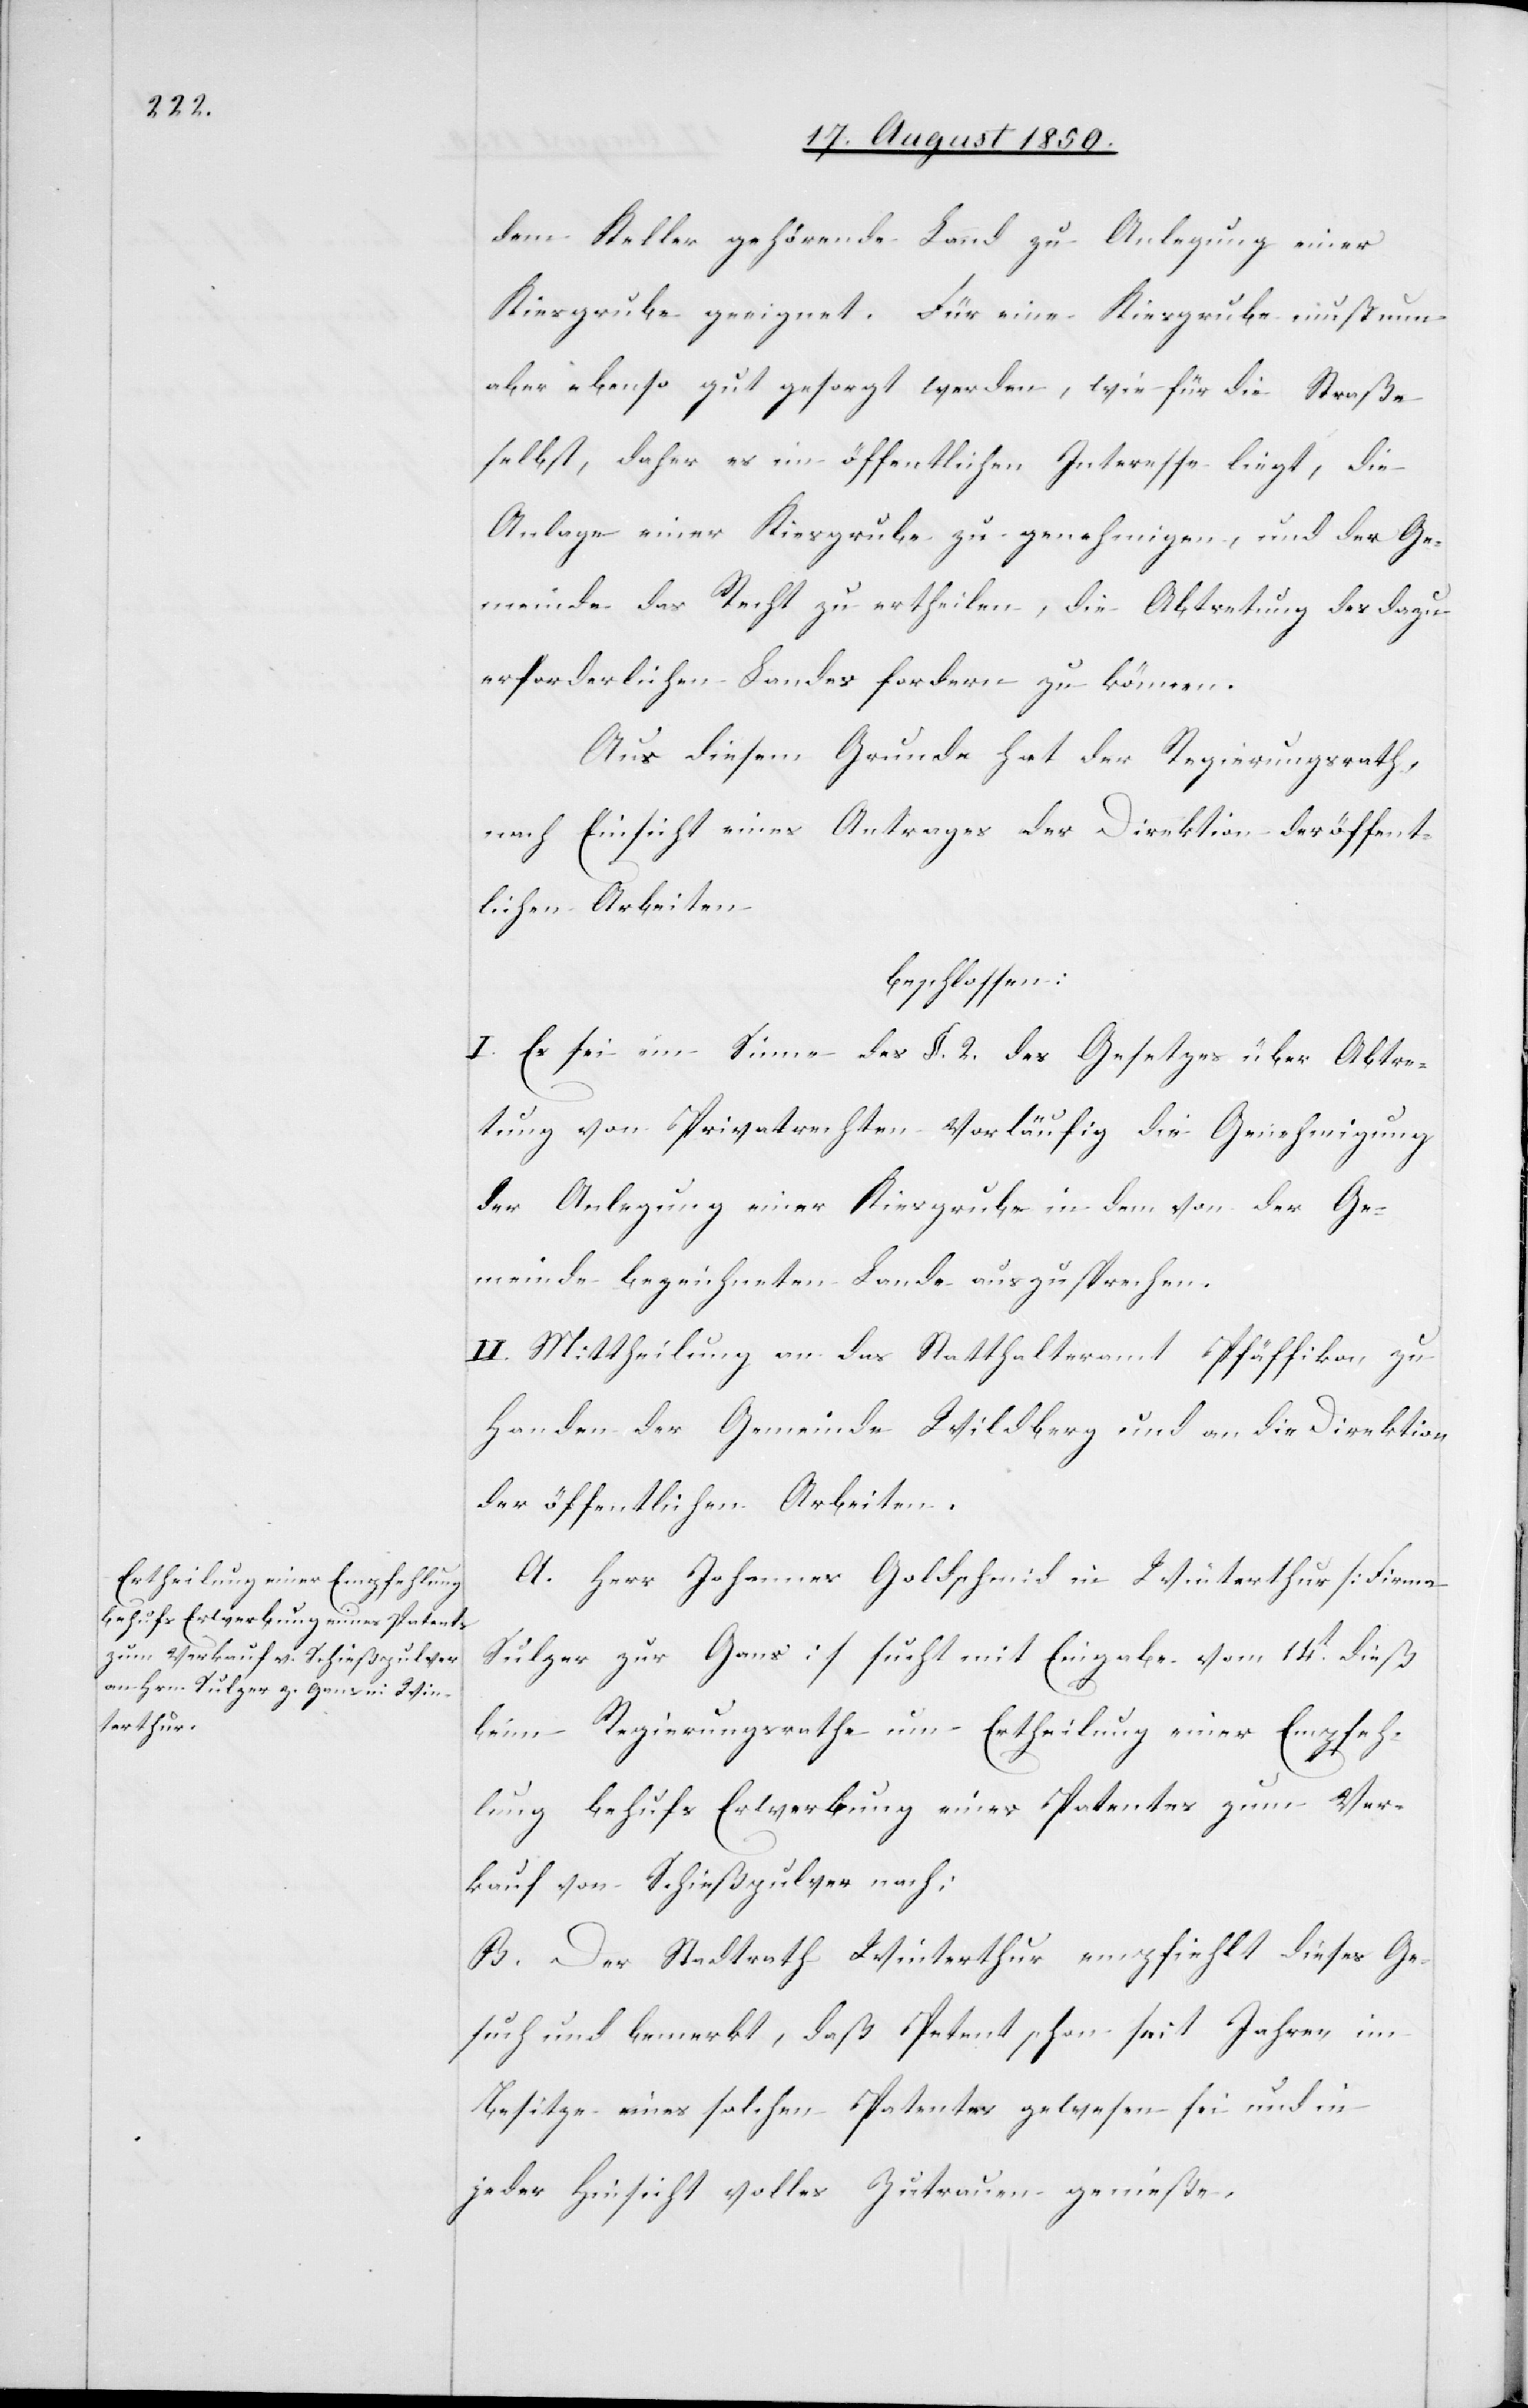
dem Keller gehörende Land zu Anlegung einer
Kiesgrube geeignet. Für eine Kiesgrube muß nun
aber ebenso gut gesorgt werden, wie für die Straße
selbst, daher es im öffentlichen Interesse liegt, die
Anlage einer Kiesgrube zu genehmigen, und der Ge¬
meinde das Recht zu ertheilen, die Abtretung des dazu
erforderlichen Landes fordern zu können.
Aus diesem Grunde hat der Regierungsrath,
nach Einsicht eines Antrages der Direktion der öffent¬
lichen Arbeiten
beschlossen:
I. Es sei im Sinne des §. 2. des Gesetzes über Abtre¬
tung von Privatrechten vorläufig die Genehmigung
der Anlegung einer Kiesgrube in dem von der Ge¬
meinde bezeichneten Lande auszusprechen.
II. Mittheilung an das Statthalteramt Pfäffikon, zu
Handen der Gemeinde Wildberg und an die Direktion
der öffentlichen Arbeiten.
A. Herr Johannes Goldschmid in Winterthur [Firma
Sulzer zur Gans] sucht mit Eingabe vom 14t dieß
beim Regierungsrathe um Ertheilung einer Empfeh¬
lung behufs Erwerbung eines Patentes zum Ver¬
kauf von Schießpulver nach;
B. Der Stadtrath Winterthur empfiehlt dieses Ge¬
such und bemerkt, daß Petent schon seit Jahren im
Besitze eines solchen Patentes gewesen sei und in
jeder Hinsicht volles Zutrauen genieße.